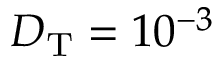
D _ { \mathrm { T } } = 1 0 ^ { - 3 }